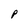
Character: P